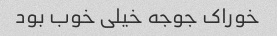
خوراک جوجه خیلی خوب بود